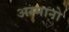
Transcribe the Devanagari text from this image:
अरमानो